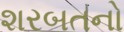
શરબતનો